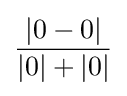
{\frac {|0-0|}{|0|+|0|}}